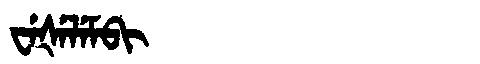
Manchu: ᠸᡝᡧᡝᠯᡝᠮᠪᡳ
Romanization: WEŠELEMBI